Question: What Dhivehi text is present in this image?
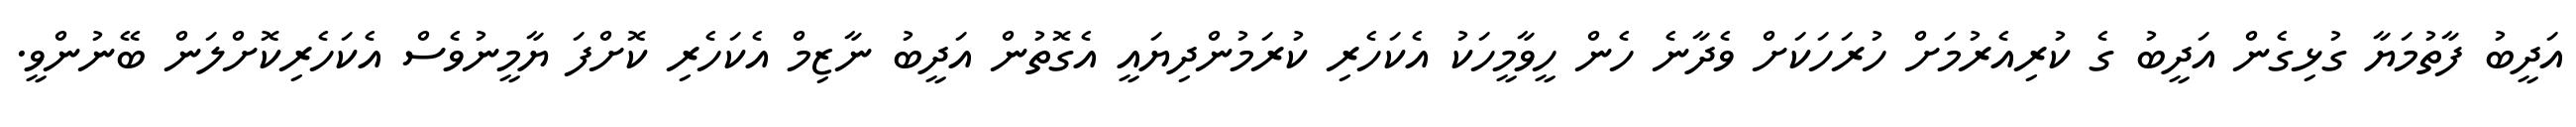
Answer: އަދީބު ފާތުމަޔާ ގުޅިގެން އަދީބު ގެ ކުރިއެރުމަށް ހުރަހަކަށް ވެދާނެ ހެން ހީވާމީހަކު އެކަހެރި ކުރަމުންދިޔައީ އެގޮތުން އަދީބު ނާޒިމް އެކަހެރި ކޮށްފަ ޔާމީނުވެސް އެކަހެރިކޮށްލަން ބޭނުންވީ.